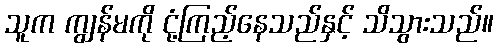
သူက ကျွန်မကို ငုံ့ကြည့်နေသည်နှင့် သိသွားသည်။